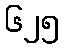
၆၂၅